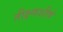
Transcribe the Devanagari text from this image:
तीक्ष्णशीर्ष